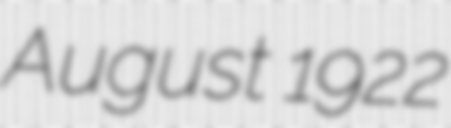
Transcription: August 1922